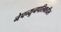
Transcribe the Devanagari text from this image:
नेपच्यूनपलिकडील